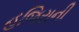
હજિરાની